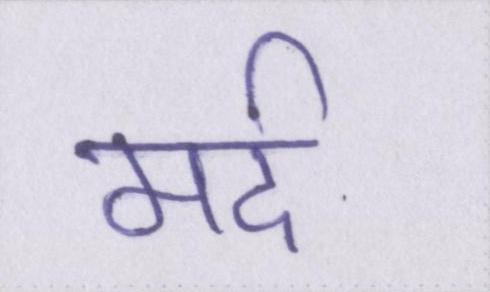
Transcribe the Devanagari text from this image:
मर्द